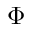
\Phi